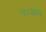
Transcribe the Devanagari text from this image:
पेश्कोव